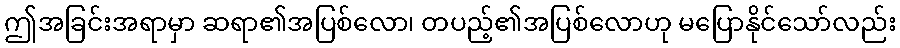
ဤအခြင်းအရာမှာ ဆရာ၏အပြစ်လော၊ တပည့်၏အပြစ်လောဟု မပြောနိုင်သော်လည်း